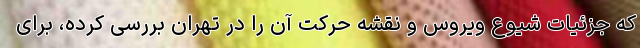
که جزئیات شیوع ویروس و نقشه حرکت آن را در تهران بررسی کرده، برای